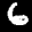
Label: 6